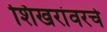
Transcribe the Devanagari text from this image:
शिखरांवरचे